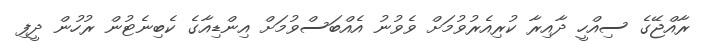
ރާއްޖޭގެ ސިއްހީ ދާއިރާ ކުރިއެރުވުމަށް ވެވުނު އެއްބަސްވުމަށް އިންޑިއާގެ ކެބިނެޓުން ރުހުން ދީފި